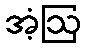
အံ့ဩ